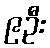
၉ဦး